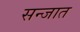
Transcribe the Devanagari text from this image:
सन्जात